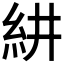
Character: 𮈃